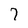
Character: 7